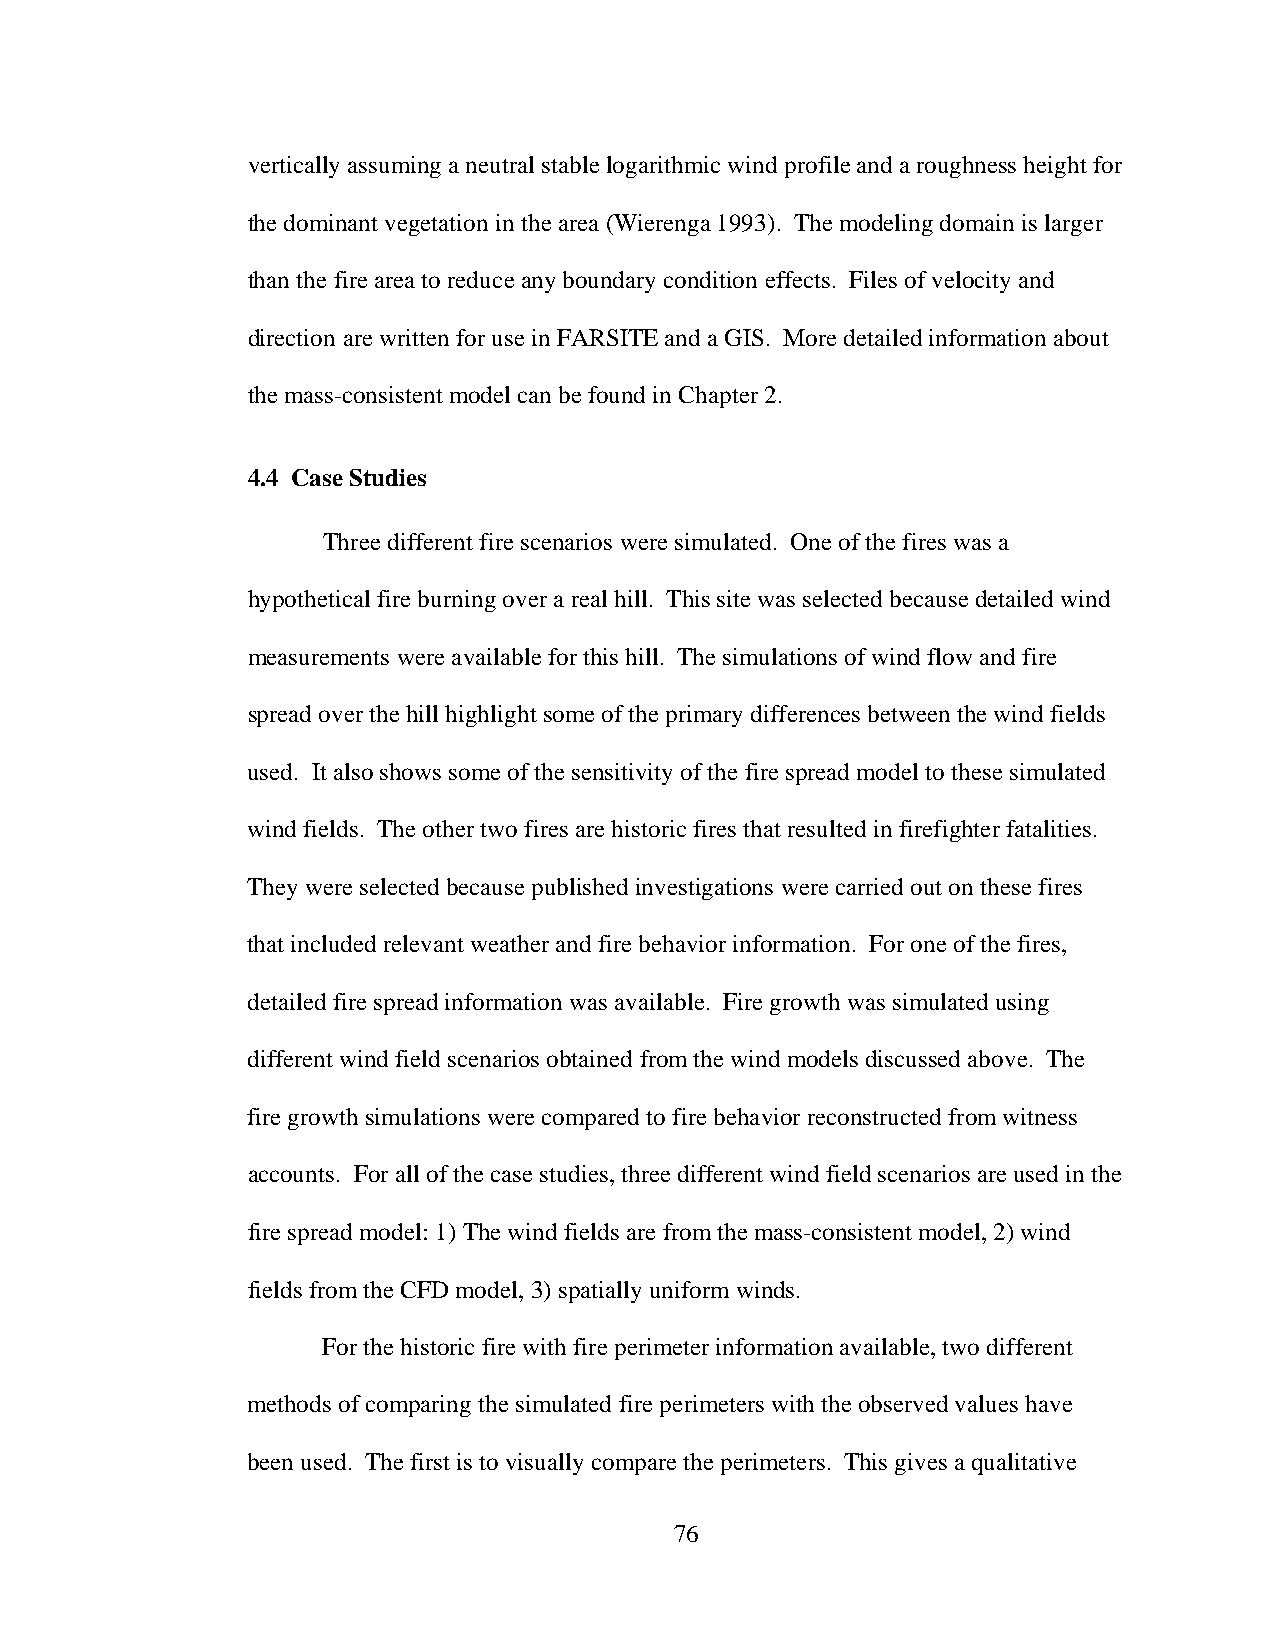
vertically assuming a neutral stable logarithmic wind profile and a roughness height for
 the dominant vegetation in the area (Wierenga 1993). The modeling domain is larger
 than the fire area to reduce any boundary condition effects. Files of velocity and
 direction are written for use in FARSITE and a GIS. More detailed information about
 the mass-consistent model can be found in Chapter 2.
 4.4 Case Studies
 Three different fire scenarios were simulated. One of the fires was a
 hypothetical fire burning over a real hill. This site was selected because detailed wind
 measurements were available for this hill. The simulations of wind flow and fire
 spread over the hill highlight some of the primary differences between the wind fields
 used. It also shows some of the sensitivity of the fire spread model to these simulated
 wind fields. The other two fires are historic fires that resulted in firefighter fatalities.
 They were selected because published investigations were carried out on these fires
 that included relevant weather and fire behavior information. For one of the fires,
 detailed fire spread information was available. Fire growth was simulated using
 different wind field scenarios obtained from the wind models discussed above. The
 fire growth simulations were compared to fire behavior reconstructed from witness
 accounts. For all of the case studies, three different wind field scenarios are used in the
 fire spread model: 1) The wind fields are from the mass-consistent model, 2) wind
 fields from the CFD model, 3) spatially uniform winds.
 For the historic fire with fire perimeter information available, two different
 methods of comparing the simulated fire perimeters with the observed values have
 been used. The first is to visually compare the perimeters. This gives a qualitative
 76